Annual report on the health of the army in India
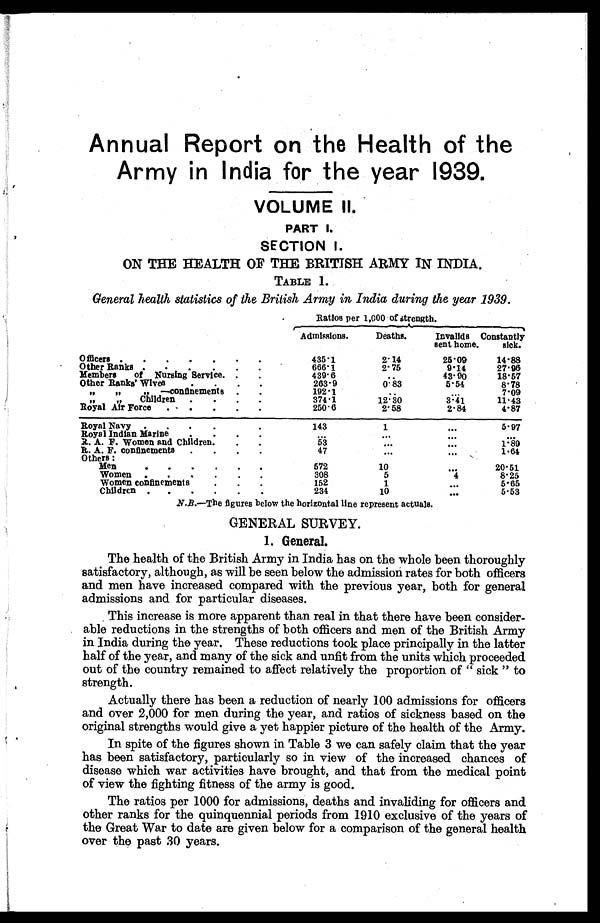
Annual Report on the Health of the
Army in India for the year 1939.
VOLUME II.
PART I.
SECTION I.
ON THE HEALTH OF THE BRITISH ARMY IN INDIA.
TABLE 1.
General health statistics of the British Army in India during the year 1939.
Ratios per 1,000 of strength.
Admissions.
Deaths.
Invalids
sent home.
Constantly
sick.
Officers .
.
•
•
•
•
•
435.1
2.14
25'09
14'88
Other Ranks .•
.
•
•
•
666.1
2.75
9.14
27.96
Members
of Nursing Service. .
.
439.
..
43.90
18' 57
Other Ranks' Wives
•
•
•
•
263'9
0 . 8 3
5. 54
8.78
,,
,,
,,
—confinements .
.
192'
..
...
7'09
,,
,,
Children
.
.
.
.
374.1
12.30
3.41
11.43
Royal Air Force
., .
.
.
.
250. 6
2.58
2.84
4.87
Royal Navy.
.
.
.
.
143
1
...
5.97
Royal Indian Marine
.
.
.
...
...
...
..
R. A. F. Women and Children.
.
.
...
...
r 89
R. A. F. confinements
.
.
.
.
47
...
•••
1.64
Others :
Men
•
•
•
•
•
•
572
10
20.51
Women.
.
.
.
.
.
308
5
8.25
Women confinements
.
.
.
152
1
•••
5.65
Children . .
.
.
.
234
10
5.53
N.B.—The figures below the horizontal line represent actuals.
GENERAL SURVEY.
1. General.
The health of the British Army in India has on the whole been thoroughly
satisfactory, although, as will be seen below the admission rates for both officers
and men have increased compared with the previous year, both for general
admissions and for particular diseases.
This increase is more apparent than real in that there have been consider-
able reductions in the strengths of both officers and men of the British Army
in India during the year. These reductions took place principally in the latter
half of the year, and many of the sick and unfit from the units which proceeded
out of the country remained to affect relatively the proportion of " sick " to
strength.
Actually there has been a reduction of nearly 100 admissions for officers
and over 2,000 for men during the year, and ratios of sickness based on the
original strengths would give a yet happier picture of the health of the Army.
In spite of the figures shown in Table 3 we can safely claim that the year
has been satisfactory, particularly so in view of the increased chances of
disease which war activities have brought, and that from the medical point
of view the fighting fitness of the army is good.
The ratios per 1000 for admissions, deaths and invaliding for officers and
other ranks for the quinquennial periods from 1910 exclusive of the years of
the Great War to date are given below for a comparison of the general health
over the past 30 years.